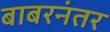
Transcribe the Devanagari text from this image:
बाबरनंतर